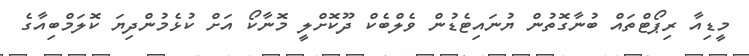
މީޑިއާ ރިޕޯޓްތައް ބުނާގޮތުން ޔުނައިޓެޑުން ވެލްބެކް ދޫކޮށްލީ މޮނާކޯ އަށް ކުޅެމުންދިޔަ ކޮލަމްބިއާގެ